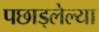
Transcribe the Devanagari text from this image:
पछाड्लेल्या